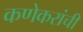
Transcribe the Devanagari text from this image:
कणेकरांची